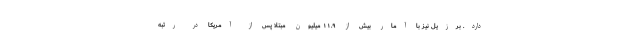
دارد. برزیل نیز با آمار بیش از ۱۱.۹ میلیون مبتلا پس از آمریکا در رتبه